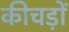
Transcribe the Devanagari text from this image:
कीचड़ों